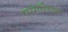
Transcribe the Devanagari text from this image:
परमसिवन